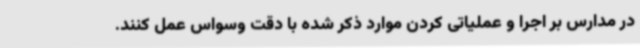
در مدارس بر اجرا و عملیاتی کردن موارد ذکر شده با دقت وسواس عمل کنند.